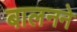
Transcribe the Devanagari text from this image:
बालनने